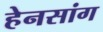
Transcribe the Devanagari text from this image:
हेनसांग